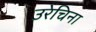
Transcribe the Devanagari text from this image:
उरेचिना